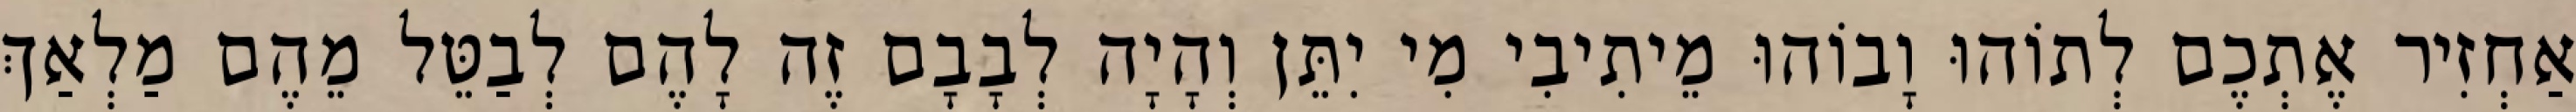
אַחְזִיר אֶתְכֶם לְתוֹהוּ וָבוֹהוּ מֵיתִיבִי מִי יִתֵּן וְהָיָה לְבָבָם זֶה לָהֶם לְבַטֵּל מֵהֶם מַלְאַךְ